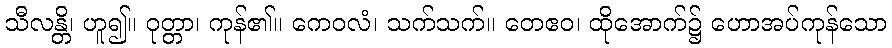
သီလန္တိ၊ ဟူ၍။ ဝုတ္တာ၊ ကုန်၏။ ကေဝလံ၊ သက်သက်။ တေဧဝ၊ ထိုအောက်၌ ဟောအပ်ကုန်သော